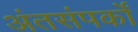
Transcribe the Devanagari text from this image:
अंतसंपर्कों